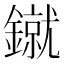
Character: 𰽌